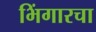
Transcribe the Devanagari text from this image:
भिंगारचा